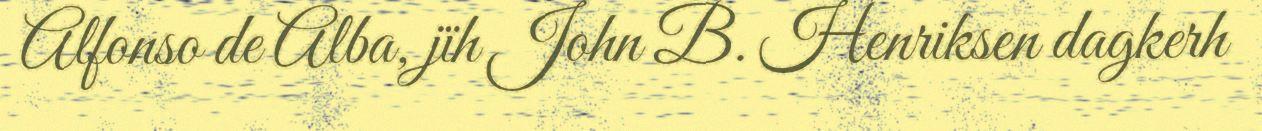
Alfonso de Alba, jïh John B. Henriksen dagkerh